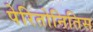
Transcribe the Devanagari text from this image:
पेरितोनितिस